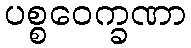
ပစ္စဝေက္ခဏာ